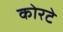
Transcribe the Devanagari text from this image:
कोरटे